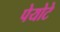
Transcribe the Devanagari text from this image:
पेयोटे